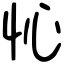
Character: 㤈